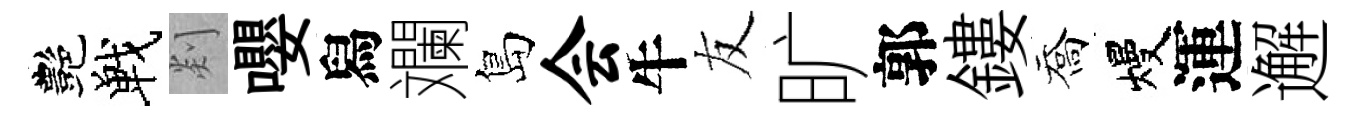
艷戰剡嚶舄斕島会牛友旷郭鏤喬熳運邂